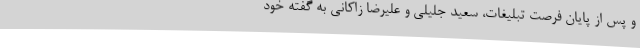
و پس از پایان فرصت تبلیغات، سعید جلیلی و علیرضا زاکانی به گفته خود